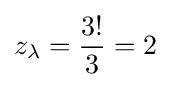
z_{\lambda }={\frac {3!}{3}}=2